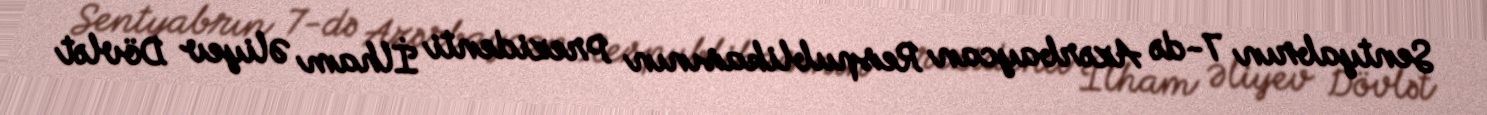
Sentyabrın 7-də Azərbaycan Respublikasının Prezidenti İlham Əliyev Dövlət